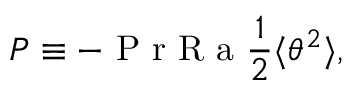
P \equiv - \textrm { P r R a } \frac { 1 } { 2 } \langle \theta ^ { 2 } \rangle ,